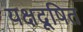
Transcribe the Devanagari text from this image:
यक्षदूषित